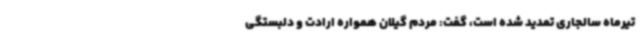
تیرماه سالجاری تمدید شده است، گفت: مردم گیلان همواره ارادت و دلبستگی